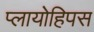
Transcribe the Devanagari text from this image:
प्लायोहिपस